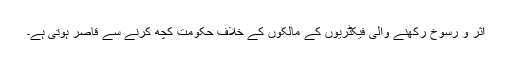
اثر و رسوخ رکھنے والی فیکٹریوں کے مالکوں کے خلاف حکومت کچھ کرنے سے قاصر ہوتی ہے۔